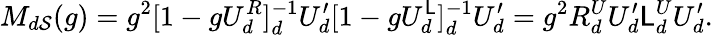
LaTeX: M_{d\mathcal{S}}(g)=g^{2}[1-gU_{d}^{R}]_{d}^{-1}U_{d}^{\prime}[1-gU_{d}^{\mathsf{L}}]_{d}^{-1}U_{d}^{\prime}=g^{2}R_{d}^{U}U_{d}^{\prime}\mathsf{L}_{d}^{U}U_{d}^{\prime}.